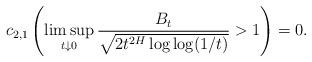
LaTeX: \begin{align*}c_{2,1}\left(\limsup_{t\downarrow0}\frac{B_{t}}{\sqrt{2t^{2H}\log\log(1/t)}}>1\right)=0.\end{align*}